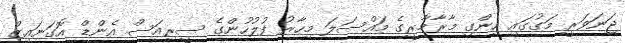
ޖަނަވަރީ މަގުގައި ހިންގި މާރާމާރީގެ މައްސަލަ މިހާރު ފުލުހުންގެ ސީރިއަސް އެންޑް އޮގަނައިޒް